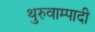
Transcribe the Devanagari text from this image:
थुरुवाम्पादी